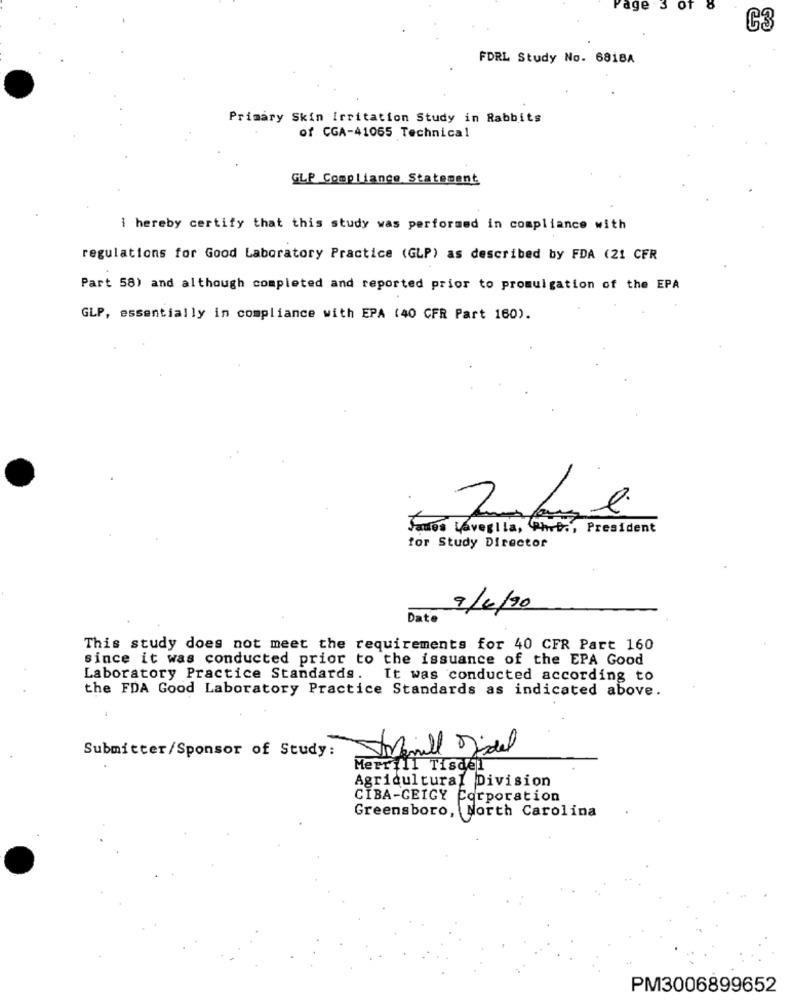
age
3
Of
C3
FDRL Study No. 6818A
Primary Skin Irritation Study in Rabbits
of CGA-41065 Technical
GLP Compliance Statement
i hereby certify that this study was performed in compliance with
regulations for Good Laboratory Practice (GLP) as described by FDA (21 CFR
Part 58) and although completed and reported prior to promulgation of the EPA
GLP, essentially in compliance with EPA (40 CFR Part 160).
2
James Laveglia, Phit ., President
for Study Director
9/4/20
Date
This study does not meet the requirements for 40 CFR Part 160
since it was conducted prior to the issuance of the EPA Good
Laboratory Practice Standards.
It was conducted according to
the FDA Good Laboratory Practice Standards as indicated above.
Submitter/Sponsor of Study:
Manill Midel
Merrill Tisdel
Agricultural Division
CIBA-GEIGY Corporation
Greensboro, North Carolina
PM3006899652